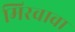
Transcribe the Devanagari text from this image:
मिरवावा